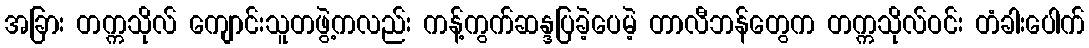
အခြား တက္ကသိုလ် ကျောင်းသူတဖွဲ့ကလည်း ကန့်ကွက်ဆန္ဒပြခဲ့ပေမဲ့ တာလီဘန်တွေက တက္ကသိုလ်ဝင်း တံခါးပေါက်